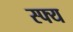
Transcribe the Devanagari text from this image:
स्फ्य